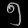
Digit: ၅